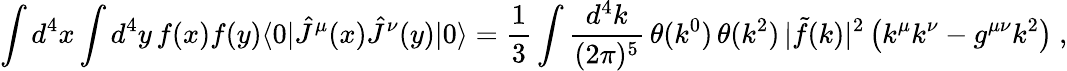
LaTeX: \int d^{4}x\int d^{4}y\, f(x)f(y)\langle 0|\hat{J}^{\mu}(x)\hat{J}^{\nu}(y)|0\rangle=\frac{1}{3}\int\frac{d^{4}k}{(2\pi)^{5}}\, \theta(k^{0})\, \theta(k^{2})\, |\tilde{f}(k)|^{2}\left(k^{\mu}k^{\nu}-g^{\mu\nu}k^{2}\right)\ ,